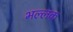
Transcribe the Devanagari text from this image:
भल्लक